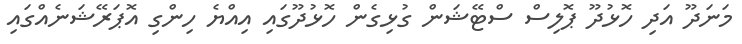
މަނަދޫ އަދި ހޮޅުދޫ ޕޮލިސް ސްޓޭޝަން ގުޅިގެން ހޮޅުދޫގައި އިއްޔެ ހިންގި އޮޕަރޭޝަނެއްގައި